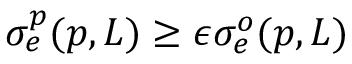
\sigma _ { e } ^ { p } ( p , L ) \geq \epsilon \sigma _ { e } ^ { o } ( p , L )